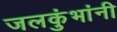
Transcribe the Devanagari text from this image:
जलकुंभांनी